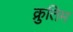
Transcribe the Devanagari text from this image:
क्रुतिम